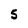
Character: 5